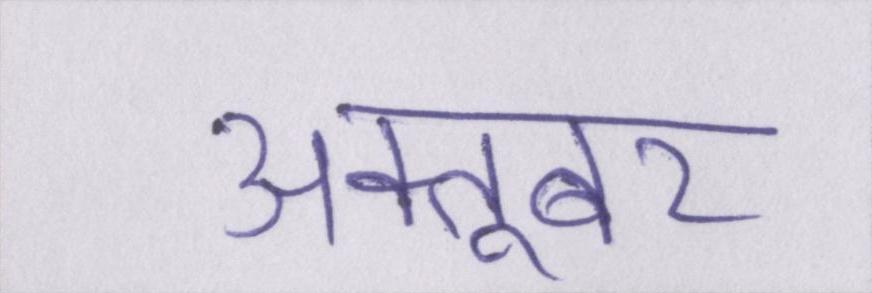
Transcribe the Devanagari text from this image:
अक्तूबर